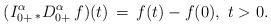
\begin{align*} (I_{0+}^\alpha\, _*D_{0+}^\alpha \, f)(t)\, =\, f(t) - f(0),\ t>0.\end{align*}